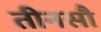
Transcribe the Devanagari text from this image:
तीनसौ